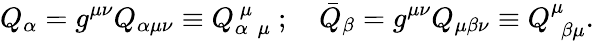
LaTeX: Q_{\alpha}=g^{\mu\nu}Q_{\alpha\mu\nu}\equiv Q_{\alpha~~\mu}^{~\mu~}~;~~~~\bar{Q}_{\beta}=g^{\mu\nu}Q_{\mu\beta\nu}\equiv Q_{~~\beta\mu}^{\mu}.